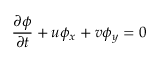
\frac { \partial \phi } { \partial t } + u \phi _ { x } + v \phi _ { y } = 0